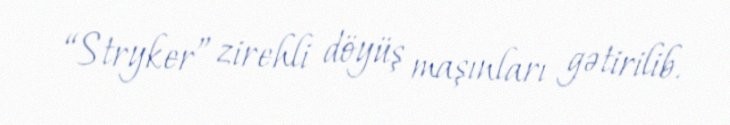
“Stryker” zirehli döyüş maşınları gətirilib.